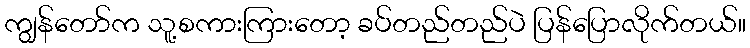
ကျွန်တော်က သူ့စကားကြားတော့ ခပ်တည်တည်ပဲ ပြန်ပြောလိုက်တယ်။